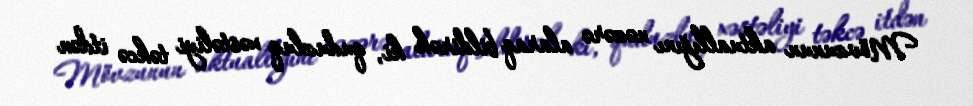
Mövzunun aktuallığını nəzərə alaraq bildirək ki, quduzluq xəstəliyi təkcə itdən